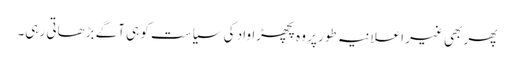
پھر بھی غیر اعلانیہ طور پر وہ پچھڑاواد کی سیاست کو ہی آگے بڑھاتی رہی۔